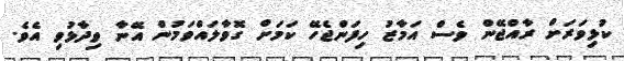
ކުޅިވަރަށް ރާއްޖޭން ވެސް އަމާޒު ހިފަންޖެހޭ ކަމަށް ގޮވާލައްވަމުން އޭނާ ވިދާޅުވި އެވެ.